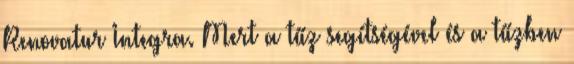
Renovatur Integra. Mert a tűz segítségével és a tűzben